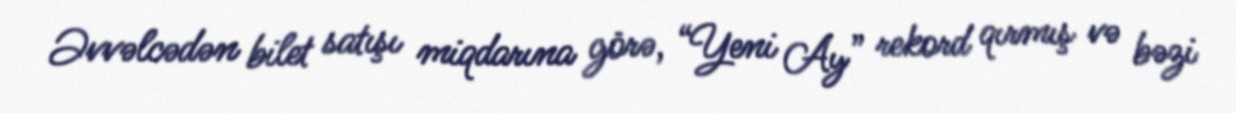
Əvvəlcədən bilet satışı miqdarına görə, “Yeni Ay” rekord qırmış və bəzi